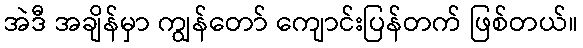
အဲဒီ အချိန်မှာ ကျွန်တော် ကျောင်းပြန်တက် ဖြစ်တယ်။